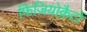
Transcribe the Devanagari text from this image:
फिज़ियोक्रैटों